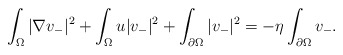
\begin{align*} \int_{\Omega}|\nabla v_{-}|^{2}+ \int_{\Omega}u |v_{-}|^{2}+\int_{\partial \Omega }|v_{-}|^{2}=-\eta\int_{\partial \Omega }v_{-}. \end{align*}